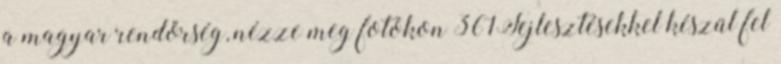
a magyar rendőrség, nézze meg fotókon 361Fejlesztésekkel készül fel